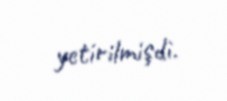
yetirilmişdi.